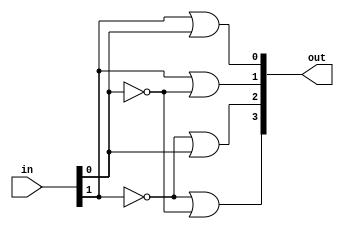
module Decode2x4(
      input [1:0] in,
      output[3:0] out
    );

    or r0(out[0], in[1], in[0]);
    or r1(out[1], in[1], ~in[0]);
    or r2(out[2], ~in[1], in[0]);
    or r3(out[3], ~in[1], ~in[0]);

endmodule